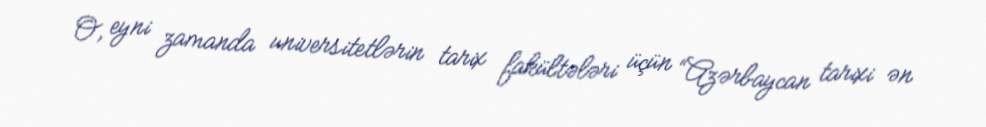
O, eyni zamanda universitetlərin tarix fakültələri üçün “Azərbaycan tarixi ən